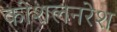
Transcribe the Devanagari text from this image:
कोशलनरेश